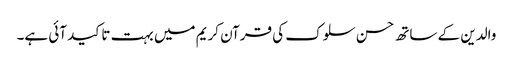
والدین کے ساتھ حسن سلوک کی قرآن کریم میں بہت تاکید آئی ہے۔